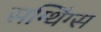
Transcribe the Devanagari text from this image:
सम्थिंग्स